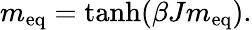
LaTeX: m_{\mathrm{{eq}}}=\operatorname{tanh}(\beta Jm_{\mathrm{{eq}}}).